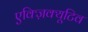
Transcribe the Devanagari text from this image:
एक्ज़िक्यूटिव